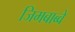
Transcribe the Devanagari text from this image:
जिमबाब्वे